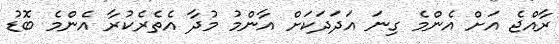
ރާއްޖެ އަށް އެންމެ ގިނަ އަދަދަކަށް އާންމު މުދާ އެތެރެކުރާ އެންމެ ބޮޑު